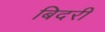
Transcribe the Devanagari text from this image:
बिदरी